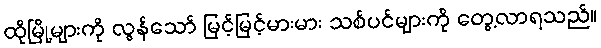
ထိုမြို့များကို လွန်သော် မြင့်မြင့်မားမား သစ်ပင်များကို တွေ့လာရသည်။